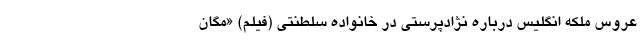
عروس ملکه انگلیس درباره نژادپرستی در خانواده سلطنتی (فیلم) «مگان